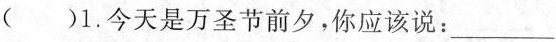
( )1.今天是万圣节前夕，你应该说：____